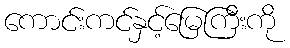
ကောင်းကင်နှင့်မြေကြီးကို